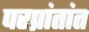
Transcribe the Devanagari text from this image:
परप्रांतांत